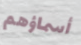
أسماؤهم